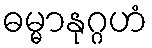
ဓမ္မာနုဂ္ဂဟံ